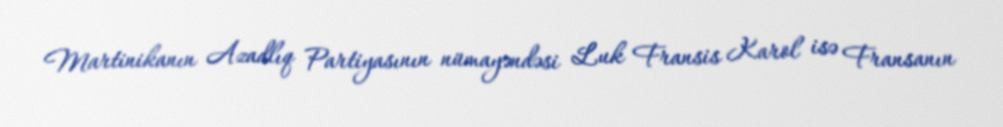
Martinikanın Azadlıq Partiyasının nümayəndəsi Luk Fransis Karol isə Fransanın